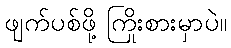
ဖျက်ပစ်ဖို့ ကြိုးစားမှာပဲ။